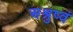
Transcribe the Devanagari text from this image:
अश्रुष्वं